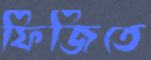
ফিজিতে